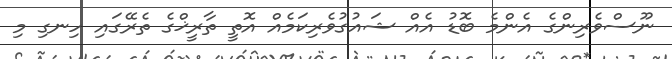
ނޫސްވެރިންގެ އެންމެ ބޮޑު އެއް ޝައުގުވެރިކަމެއް އޮތީ ތާރީޚްގެ ތެރޭގައި ހިނގި މި